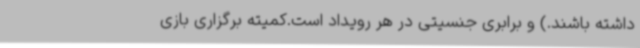
داشته باشند.) و برابری جنسیتی در هر رویداد است.کمیته برگزاری بازی